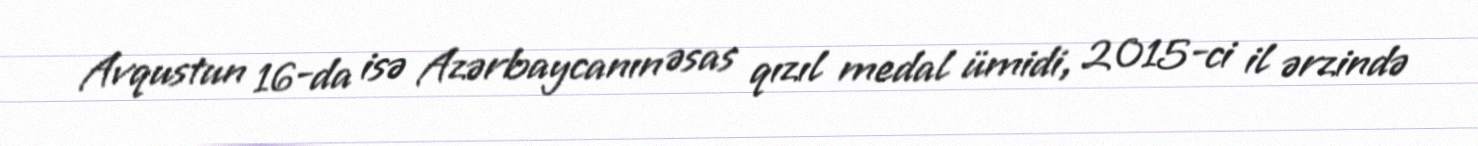
Avqustun 16-da isə Azərbaycanın əsas qızıl medal ümidi, 2015-ci il ərzində